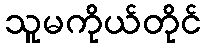
သူမကိုယ်တိုင်